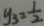
y _ { 3 } = \frac { 1 } { 2 }